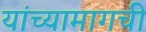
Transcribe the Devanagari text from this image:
यांच्यामागची